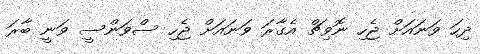
ދިހަ ވަނައަށް ޖެހި ނޮވިޗް އެގާރަ ވަނައަށް ޖެހި ސްވަންސީ ވަނީ ބާރަ